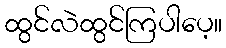
ထွင်လဲထွင်ကြပါပေ့။